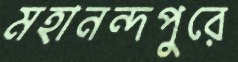
মহানন্দপুরে